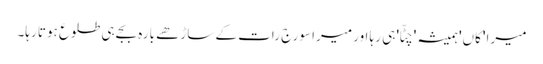
میرا 'کاں' ہمیشہ 'چٹّا' ہی رہا اور میرا سورج رات کے ساڑھے بارہ بجے ہی طلوع ہوتا رہا۔